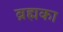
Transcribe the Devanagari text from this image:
ब्रह्मका